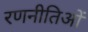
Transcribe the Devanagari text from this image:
रणनीतिओं